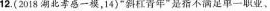
12.(2018湖北孝感一模，14)”斜杠青年”是指不满足单一职业、